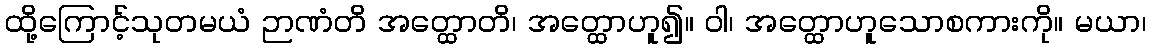
ထို့ကြောင့်သုတမယံ ဉာဏံတိ အတ္ထောတိ၊ အတ္ထောဟူ၍။ ဝါ၊ အတ္ထောဟူသောစကားကို။ မယာ၊